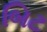
બિટ